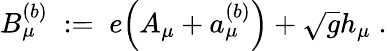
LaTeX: B_{\mu}^{(b)}\; :=\; e\Big(A_{\mu}+a_{\mu}^{(b)}\Big)+\sqrt{g}h_{\mu}\; .